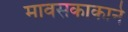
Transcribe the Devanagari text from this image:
मावसकाकाने